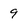
Character: 9